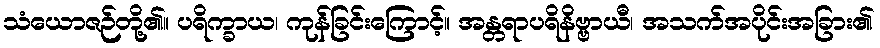
သံယောဇဉ်တို့၏။ ပရိက္ခာယ၊ ကုန်ခြင်းကြောင့်။ အန္တရာပရိနိဗ္ဗာယီ၊ အသက်အပိုင်းအခြား၏